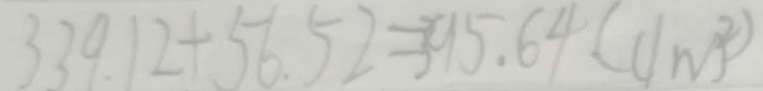
3 3 9 . 1 2 + 5 6 . 5 2 = 3 9 5 . 6 4 ( d m ^ { 2 } )